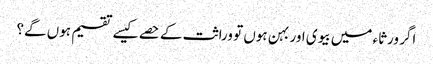
اگر ورثاء میں بیوی اور بہن ہوں تو وراثت کے حصے کیسے تقسیم ہوں گے؟